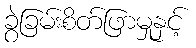
ခွဲခြမ်းစိတ်ဖြာမှုနှင့်